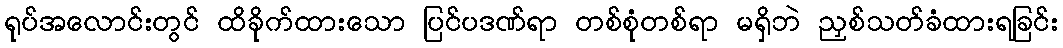
ရုပ်အလောင်းတွင် ထိခိုက်ထားသော ပြင်ပဒဏ်ရာ တစ်စုံတစ်ရာ မရှိဘဲ ညှစ်သတ်ခံထားရခြင်း